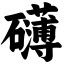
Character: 礴